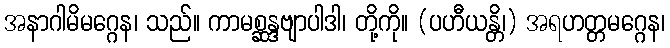
အနာဂါမိမဂ္ဂေန၊ သည်။ ကာမစ္ဆန္ဒဗျာပါဒါ၊ တို့ကို။ (ပဟီယန္တိ၊) အရဟတ္တမဂ္ဂေန၊